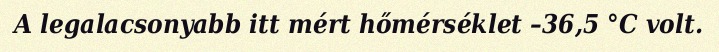
A legalacsonyabb itt mért hőmérséklet –36,5 °C volt.